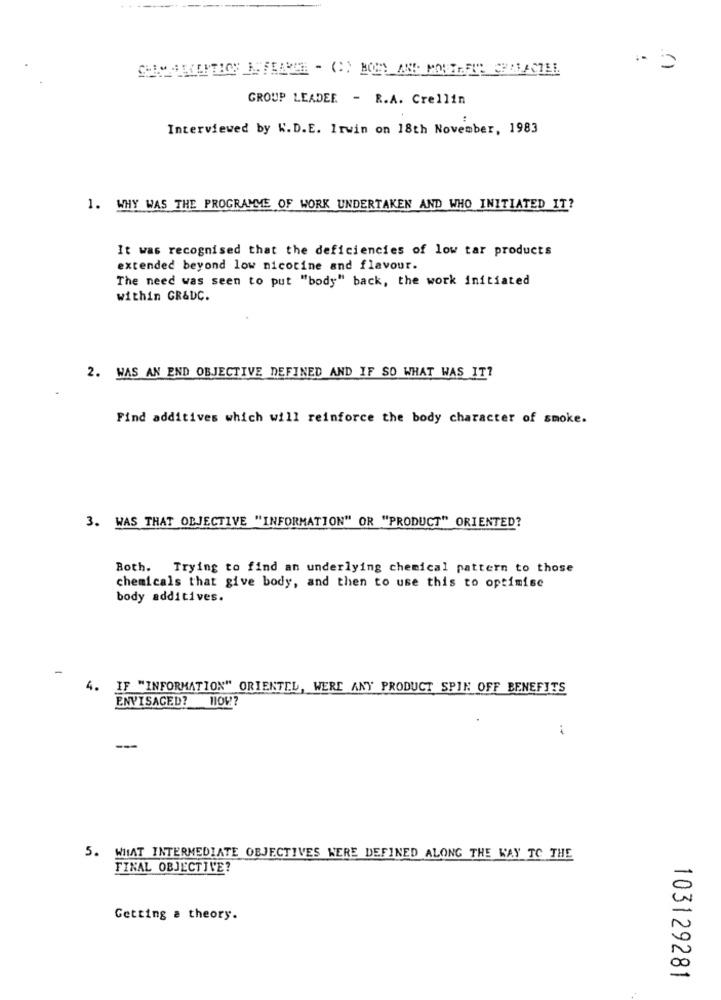
GROUP LEADER - R.A. Crellin
Interviewed by K.D.E. Irwin on 18th November, 1983
1. WHY WAS THE PROGRAMME OF WORK UNDERTAKEN AND WHO INITIATED IT?
It was recognised that the deficiencies of low tar products
extended beyond low nicotine and flavour.
The need was seen to put "body" back, the work initiated
within GR&DC.
2. WAS AN END OBJECTIVE DEFINED AND IF SO WHAT WAS IT?
Find additives which will reinforce the body character of smoke.
3. WAS THAT OBJECTIVE "INFORMATION" OR "PRODUCT" ORIENTED?
Both. Trying to find an underlying chemical pattern to those
chemicals that give body, and then to use this to optimise
body additives.
IF "INFORMATION" ORIENTEL, WERE ANY PRODUCT SPIN OFF BENEFITS
ENVISAGED? HOW?
--
5. WHAT INTERMEDIATE OBJECTIVES WERE DEFINED ALONG THE WAY TO THE
FINAL OBJECTIVE?
Getting a theory.
103129281